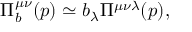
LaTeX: \Pi _ { b } ^ { \mu \nu } ( p ) \simeq b _ { \lambda } \Pi ^ { \mu \nu \lambda } ( p ) ,